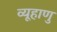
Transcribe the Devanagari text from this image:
व्यूहाणु